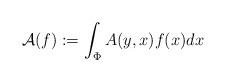
LaTeX: \begin{align*}\mathcal A(f) := \int_{\Phi}A(y,x)f(x)dx\end{align*}